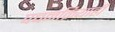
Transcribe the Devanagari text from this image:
पचनक्रियाही